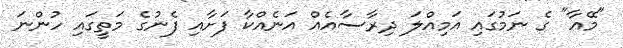
"މޭއާ" ގެ ނަމުގައި އަމިއްލަ ދިރާސާއެއް އަނެއްކާ ފަށާއި ފެނުގެ މަތީގައި ހުންނަ